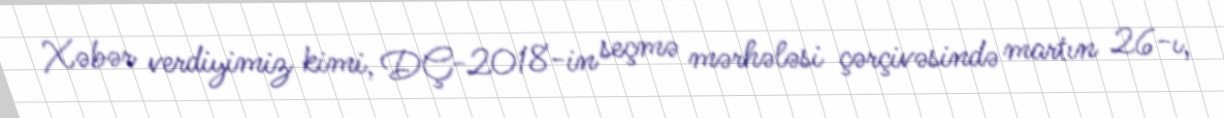
Xəbər verdiyimiz kimi, DÇ-2018-in seçmə mərhələsi çərçivəsində martın 26-ı,